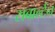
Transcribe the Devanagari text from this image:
सबार्ल्टन